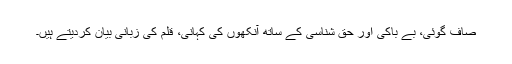
صاف گوئی، بے باکی اور حق شناسی کے ساتھ آنکھوں کی کہانی، قلم کی زبانی بیان کردیتے ہیں۔